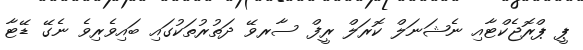
ޕީ ޕްރޮޖެކްޓާއި ނެޝަނަލް ކޮރަލް ރީފް ސާރވޭ ދަތުރުތަކުގައި ބައިވެރިވެ ނެގޭ ޑޭޓާ